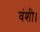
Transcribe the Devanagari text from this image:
वंशी।